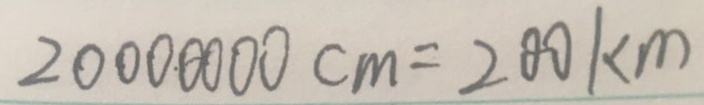
2 0 0 0 0 0 0 0 c m = 2 0 0 k m